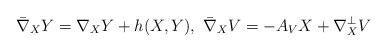
LaTeX: \begin{align*}\bar{\nabla}_XY = \nabla_XY +h(X,Y),\ \bar{\nabla}_XV = -A_VX + \nabla_X^{\perp}V\end{align*}